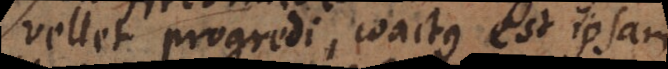
vellet progredi, coactus est ipsam